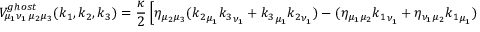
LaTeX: { \cal V } _ { { \mu _ { 1 } } { \nu _ { 1 } } \, { \mu _ { 2 } } { \mu _ { 3 } } } ^ { g h o s t } ( k _ { 1 } , k _ { 2 } , k _ { 3 } ) = \frac \kappa 2 \left[ \eta _ { { \mu _ { 2 } } { \mu _ { 3 } } } ( { k _ { 2 } } _ { \mu _ { 1 } } { k _ { 3 } } _ { \nu _ { 1 } } + { k _ { 3 } } _ { \mu _ { 1 } } { k _ { 2 } } _ { \nu _ { 1 } } ) - ( \eta _ { { \mu _ { 1 } } { \mu _ { 2 } } } { k _ { 1 } } _ { \nu _ { 1 } } + \eta _ { { \nu _ { 1 } } { \mu _ { 2 } } } { k _ { 1 } } _ { \mu _ { 1 } } ) { k _ { 2 } } _ { \mu _ { 3 } } \right] .